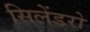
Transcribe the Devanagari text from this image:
सिलेंडरो